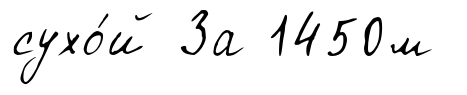
сухо́й За 1450м